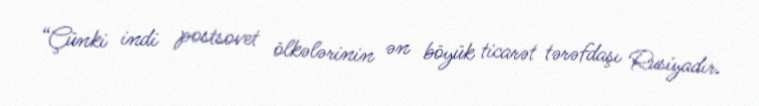
“Çünki indi postsovet ölkələrinin ən böyük ticarət tərəfdaşı Rusiyadır.